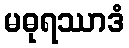
မဓုရဿာဒံ